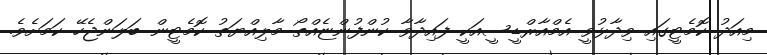
މިއަދު ކޮމެޓީގައި ވިދާޅުވީ އެމްއާރްޑީސީއަކީ ފައިދާވާ ކުންފުންޏެއްތޯ މާލިއްޔަތު ކޮމެޓީން ބަލަންޖެހޭ ކަމަށެވެ.